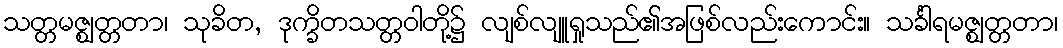
သတ္တမဇ္ဈတ္တတာ၊ သုခိတ, ဒုက္ခိတသတ္တဝါတို့၌ လျစ်လျူရှုသည်၏အဖြစ်လည်းကောင်း။ သင်္ခါရမဇ္ဈတ္တတာ၊